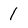
Character: 1